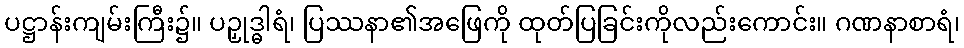
ပဋ္ဌာန်းကျမ်းကြီး၌။ ပဉှုဒ္ဓါရံ၊ ပြဿနာ၏အဖြေကို ထုတ်ပြခြင်းကိုလည်းကောင်း။ ဂဏနာစာရံ၊